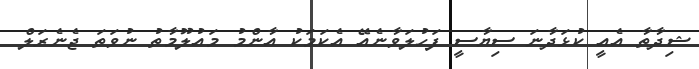
ޝިދާތާ އެއީ ކުޅަދާނަ ސިޔާސީ ފަހުލަވާނެއޭ އެކަމަކު އާންމު މައުލޫމާތު ނުވަތަ ޖެނެރަލް